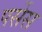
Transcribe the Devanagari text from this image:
पर्सेस